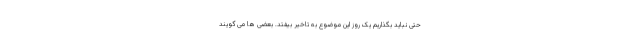
حتی نباید بگذاریم یک روز این موضوع به تاخیر بیفتد. بعضی ها می گویند